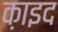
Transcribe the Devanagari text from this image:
क़ाइद